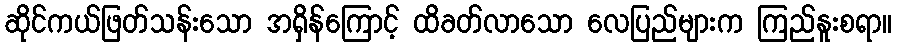
ဆိုင်ကယ်ဖြတ်သန်းသော အရှိန်ကြောင့် ထိခတ်လာသော လေပြည်များက ကြည်နူးစရာ။